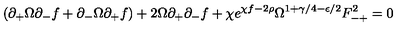
( \partial _ { + } \Omega \partial _ { - } f + \partial _ { - } \Omega \partial _ { + } f ) + 2 \Omega \partial _ { + } \partial _ { - } f + \chi e ^ { \chi f - 2 \rho } \Omega ^ { 1 + \gamma / 4 - \epsilon / 2 } F _ { - + } ^ { 2 } = 0